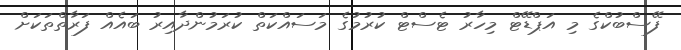
ފޭސްބުކްގެ މި އަޕްޑޭޓް މިހާރު ޓެސްޓް ކުރުމުގެ މަސައްކަތް ކުރަމުންދާއިރު ބައެއް ފަރާތްތަކަށް